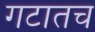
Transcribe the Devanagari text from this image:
गटातच